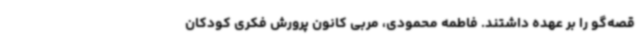
قصه‌گو را بر عهده داشتند. فاطمه محمودی، مربی کانون پرورش فکری کودکان